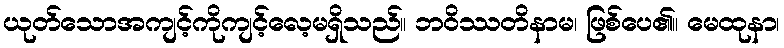
ယုတ်သောအကျင့်ကိုကျင့်လေ့မရှိသည်။ ဘဝိဿတိနာမ၊ ဖြစ်ပေ၏။ မေထုနာ၊